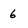
Character: 6